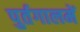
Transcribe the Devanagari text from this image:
पुर्तगालमें